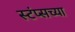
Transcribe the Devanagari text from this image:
स्टंप्सच्या